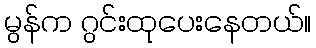
မွန်က ဂွင်းထုပေးနေတယ်။